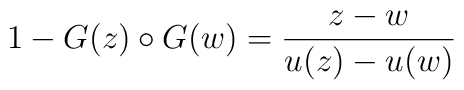
1 - G(z)\circ G(w) = { z -w \over{ u(z) - u(w) }}